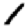
Digit: 1